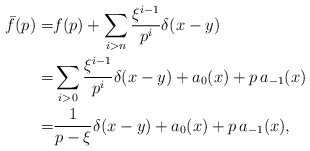
\begin{align*}\bar{f}(p) =& f(p) + \sum_{i>n} \frac{\xi^{i-1}}{p^i} \delta(x-y) \\=& \sum_{i>0} \frac{\xi^{i-1}}{p^i} \delta(x-y) + a_0(x) + p\,a_{-1}(x) \\=& \frac{1}{p-\xi}\delta(x-y) + a_0(x) + p\,a_{-1}(x),\end{align*}